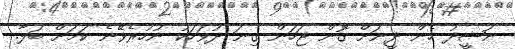
ނަޝީދު ހެން ދީނަށް ގޮން ޖަހަން ގިނަ ދުވަހަކު ނުހުރެވޭނެ ކަމަށް ބަލާ.